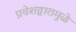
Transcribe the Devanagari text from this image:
प्रवेशद्वारामुळे